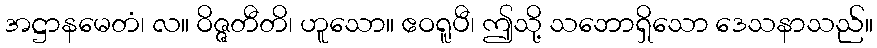
အဋ္ဌာနမေတံ၊ လ။ ဝိဇ္ဇတီတိ၊ ဟူသော။ ဧဝရူပီ၊ ဤသို့ သဘောရှိသော ဒေသနာသည်။